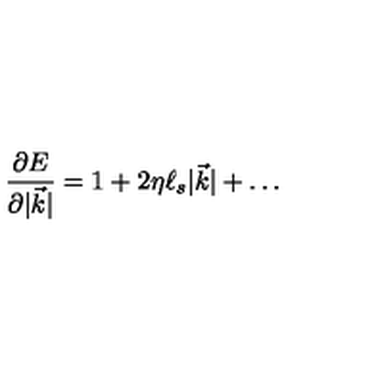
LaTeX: \frac { \partial E } { \partial | { \vec { k } } | } = 1 + 2 \eta \ell _ { s } | { \vec { k } } | + \dots